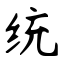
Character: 统